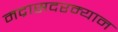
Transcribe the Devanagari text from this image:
मद्रासदरम्यान